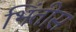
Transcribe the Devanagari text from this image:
भिंतीस